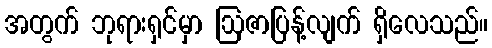
အတွက် ဘုရားရှင်မှာ ဩဇာပြန့်လျက် ရှိလေသည်။